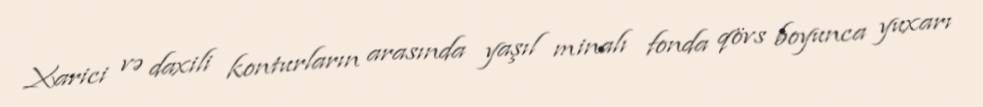
Xarici və daxili konturların arasında yaşıl minalı fonda qövs boyunca yuxarı